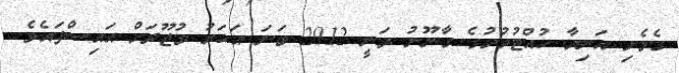
ގެވެށި އަނިޔާ ހުއްޓުވުމުގެ ގާނޫނު ވަނީ 2012 ވަނަ އަހަރު ވުޖޫދަށް އައިސްފައެވެ.